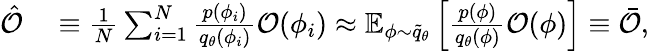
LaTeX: \begin{array}{rl}{\hat{\mathcal{O}}}&{{}\equiv\frac{1}{N}\sum_{i=1}^{N}\frac{p(\phi_{i})}{{q}_{\theta}(\phi_{i})}\mathcal{O}(\phi_{i})\approx\mathbb{E}_{\phi\sim\widetilde{q}_{\theta}}\left[\frac{p(\phi)}{{q}_{\theta}(\phi)}\mathcal{O}(\phi)\right]\equiv\bar{\mathcal{O}},}\end{array}